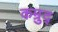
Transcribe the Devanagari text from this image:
कम्रुद्